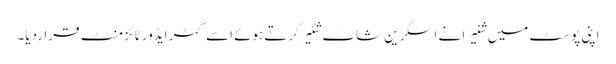
اپنی پوسٹ میں شنیرا نے اسکرین شاٹ شئیر کرتےہوئے اسے گٹر ایڈورٹائزمنٹ قراردیا۔